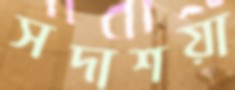
সদাশয়া